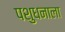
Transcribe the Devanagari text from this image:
पशुधनाला